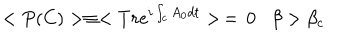
< P ( C ) > \equiv < T r e ^ { i \int _ { c } A _ { 0 } d t } > \, = \, 0 \beta > \beta _ { c }